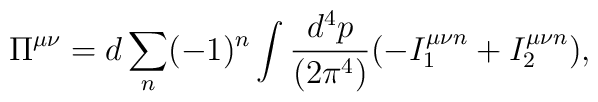
\Pi^{\mu\nu} = d \sum_n (-1)^n \int{{d^4p}\over{(2\pi^4)}}(-I^{\mu\nu n}_1 +I^{\mu\nu n}_2),